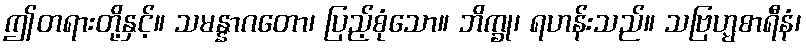
ဤတရားတို့နှင့်။ သမန္နာဂတော၊ ပြည့်စုံသော။ ဘိက္ခု၊ ရဟန်းသည်။ သဗြဟ္မစာရီနံ၊